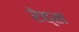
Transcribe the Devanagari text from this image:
रेह्स